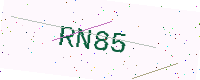
Text: RN85